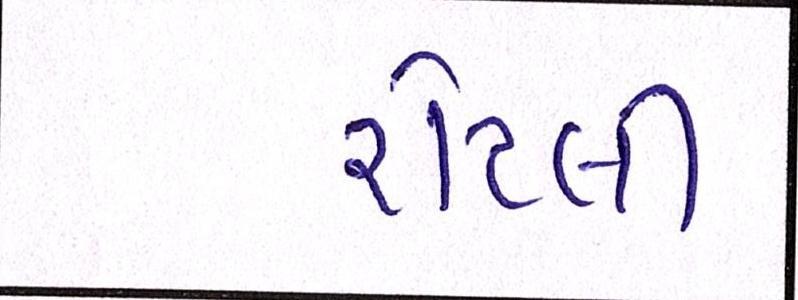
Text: રોટલી